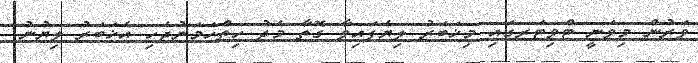
ވަރުން މިވަނީ ޓްވިޓަރގައި މިޚަބަރު ލިޔެފައިވާ ގޮތާ މެދު ހިތްހަމަނުޖެހި އެޚަބަރު ލިޔުނު